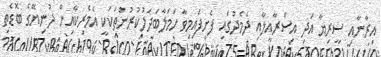
އިރާނާއި ސީރިޔާ އަދި އިސްރާއީލާއި ދެމެދުގައި ފެށިފައިމިވާ ހަމަލާބަދަލުކުރުންތަކަކީ އެމެރިކާއިން ދުނިޔޭގެ ބޮޑެތި